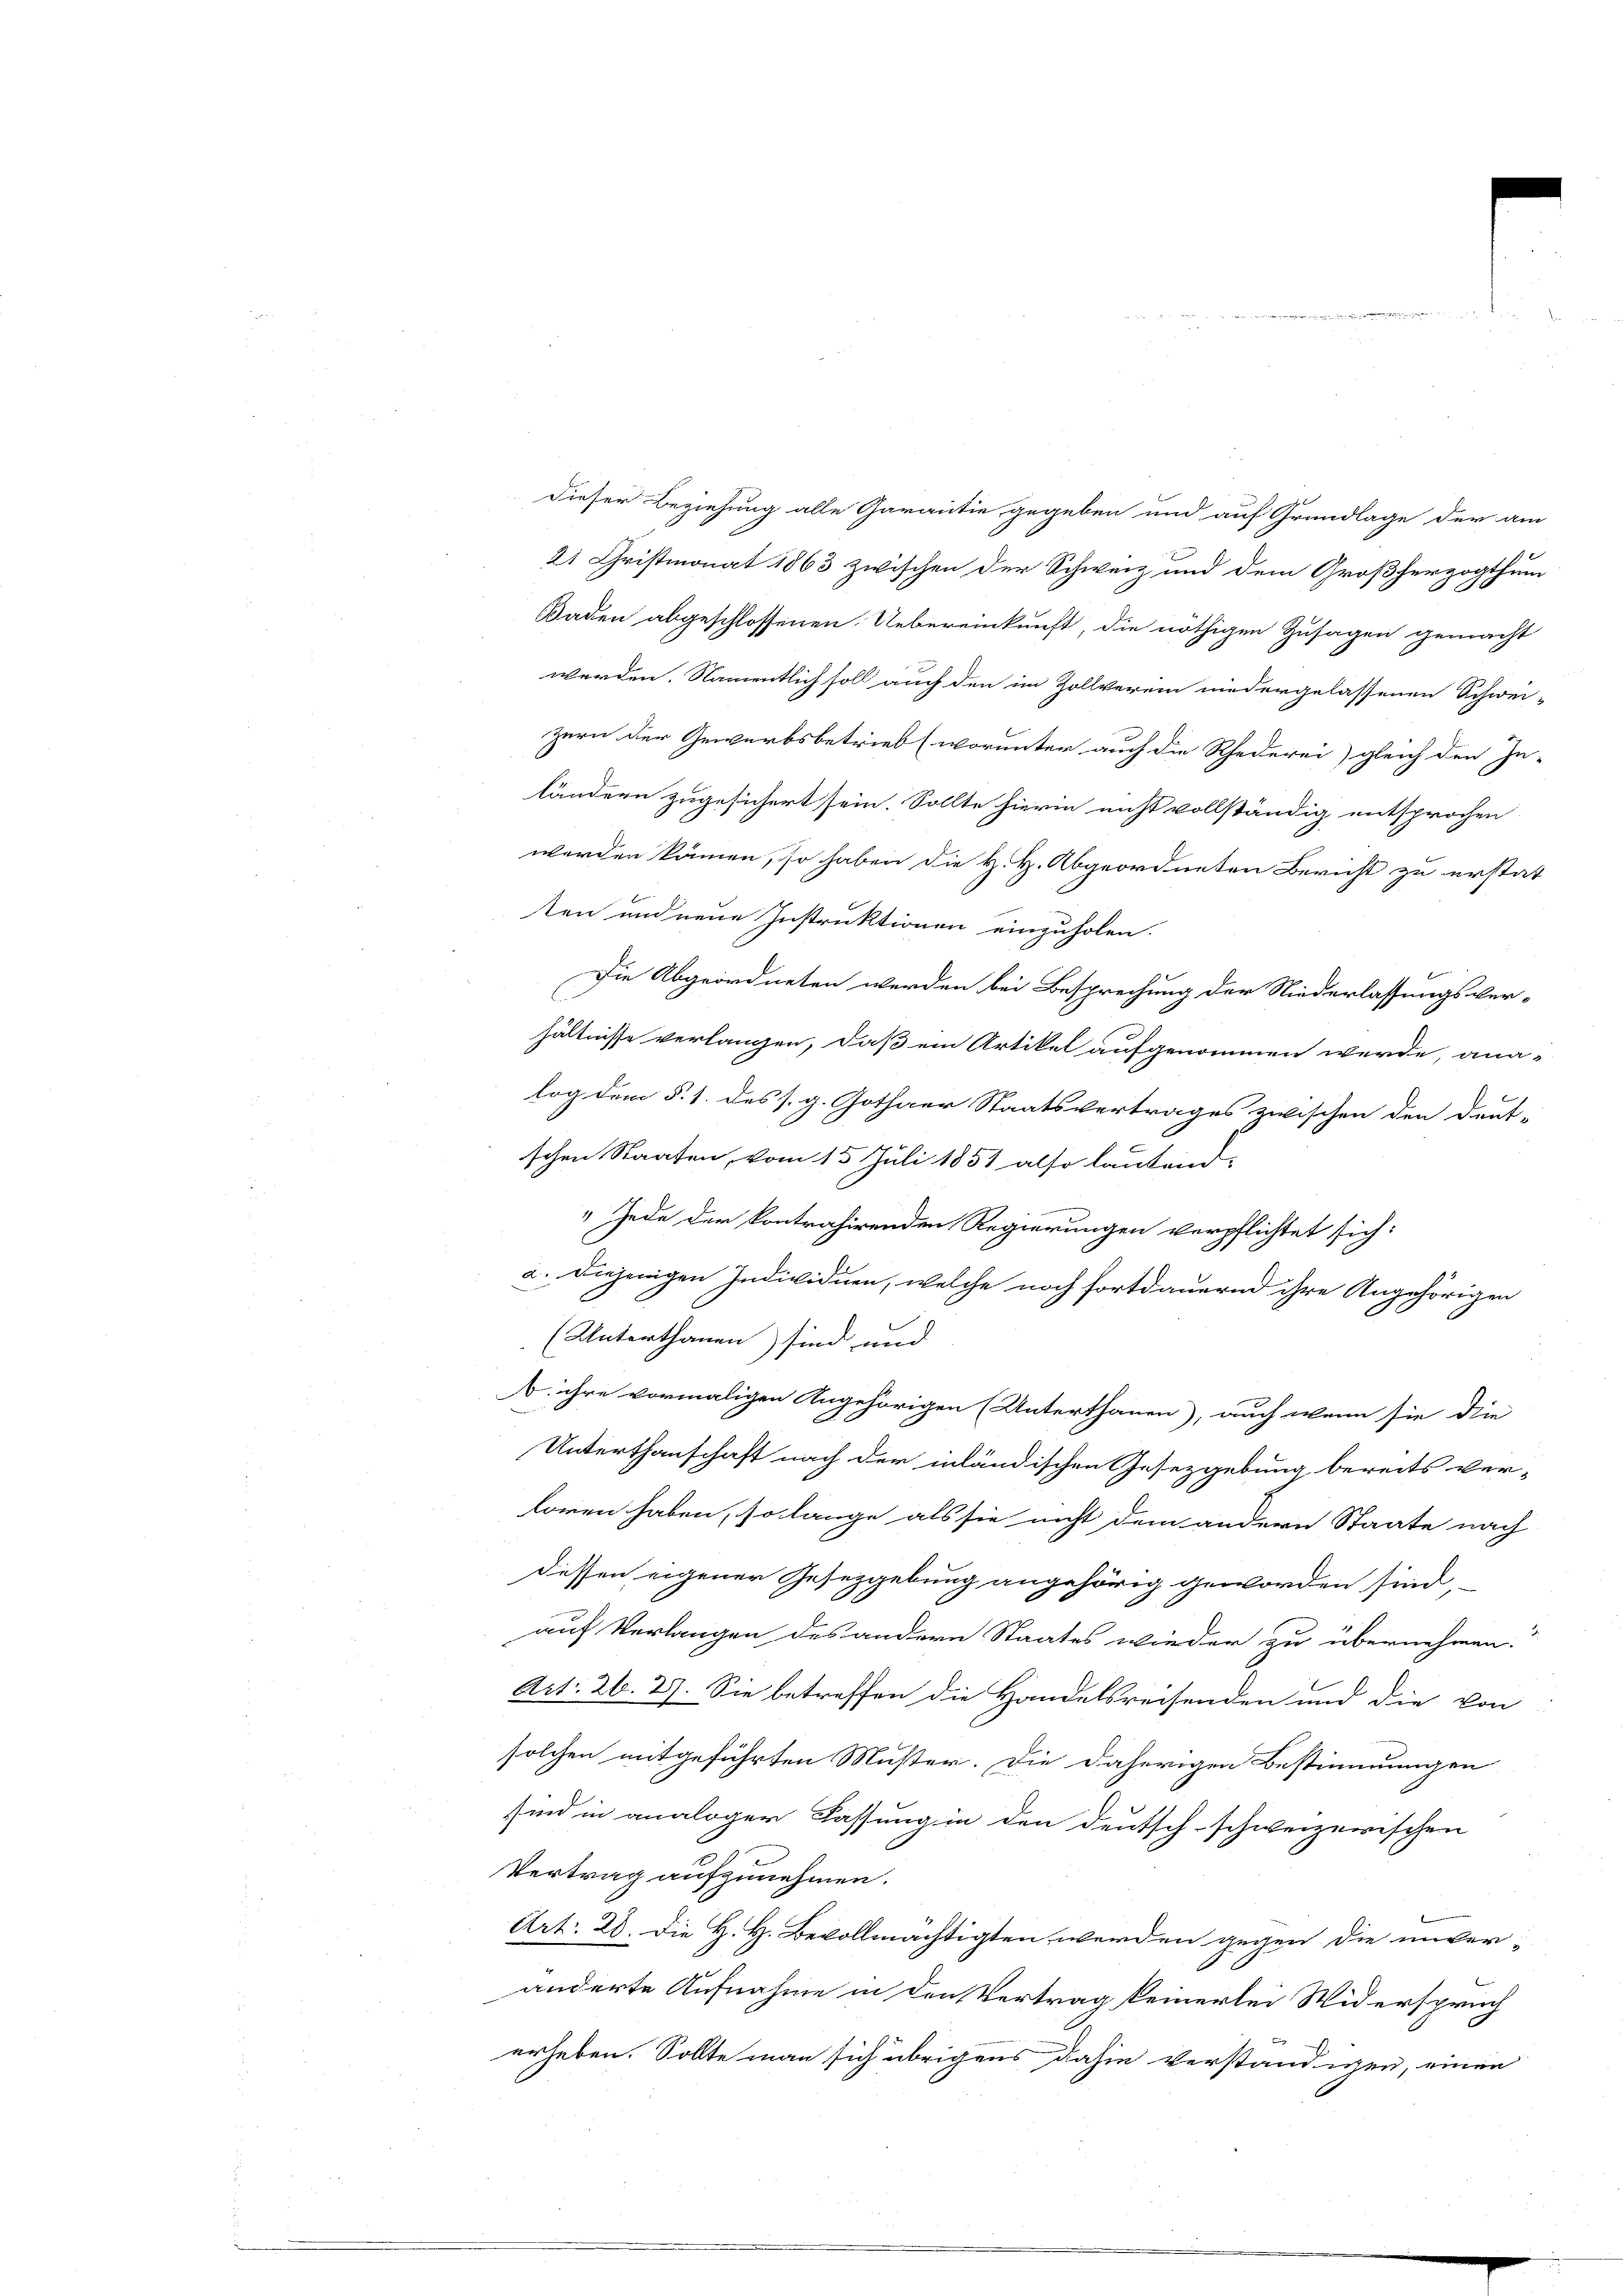
e

dieser Beziehung alle Garantie gegeben und auf Grundlage der am
21 Christmonat 1863 zwischen der Schweiz und dem Großherzogthum
Baden abgeschlossenen Uebereinkunft, die nöthigen Zusagen gemacht
werden. Namentlich soll auch den im Zollverein niedergelassenen Schwei-
zern der Gewerbsbetrieb (worunter auch die Rhederei gleich den In-
ländern zugesichert sein. Sollte hierin nicht vollständig entsprochen
werden können, so haben die H. H. Abgeordneten Bericht zu erstat
ten und neue Instruktionen einzuholen.
Die Abgeordneten werden bei Besprechung der Niederlassungsver-
hältnisse verlangen, daß ein Artikel aufgenommen werde, ana-
log dem §. 1. des s. g. Gothaer Staatsvertrages zwischen den Deut-
schen Staaten, vom 15. Juli 1851 also lautend
 Jede der kontrahirenden Regierungen verpflichtet sich:
a. Diejenigen Individuen, welche noch fortdauernd ihre Angehörigen
(Unterthanen) sind und
A. ihre vormaligen Angehörigen (Unterthanen, auch wenn sie di
Unterthanschaft nach der inländischen Gesetzgebung bereits ver-
loren haben, so lange als sie nicht dem andern Staate nach
dessen eigener Gesetzgebung angehörig geworden sind,
auf Verlangen des andern Staates wieder zu übernehmen.
Art. 26. 2). Sie betreffen die Handelsreisenden und die von
solchen mitgeführten Muster. Die daherigen Bestimmungen
sind in analoger Fassung in den deutsch-schweizerischen
Vertrag aufzunehmen.
Art. 28. Die H. H. Bevollmächtigten werden gegen die unver-
änderte Aufnahme in den Vertrag keinerlei Widerspruch
erheben. Sollte man sich übrigens dahin verständigen, einen